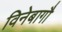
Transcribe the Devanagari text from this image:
विनेबागौ